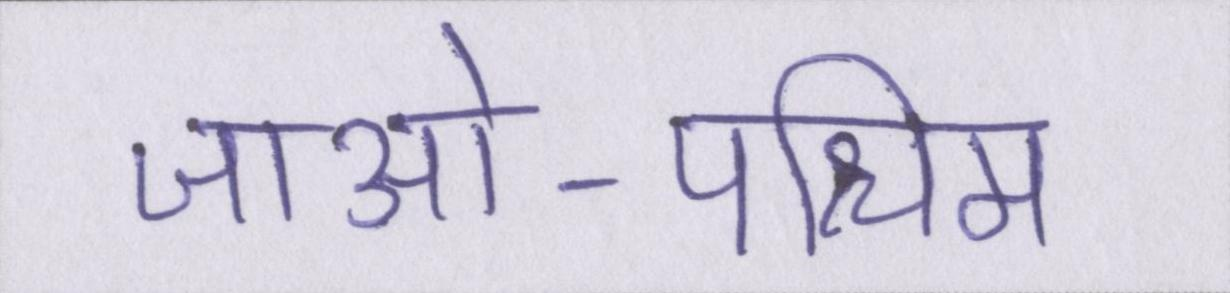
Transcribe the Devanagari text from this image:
जाओ-पश्चिम